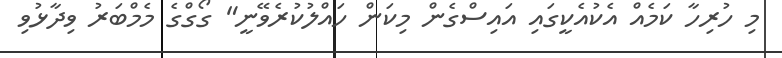
މި ހުރިހާ ކަމެއް އެކުއެކީގައި އައިސްގެން މިކަން ހައްލުކުރެވޭނީ" ގޯގްގެ މެމްބަރު ވިދާޅުވި